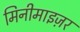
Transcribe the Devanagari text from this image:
मिनीमाइज़र